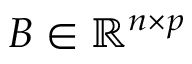
\b { B } \in \mathbb { R } ^ { n \times p }